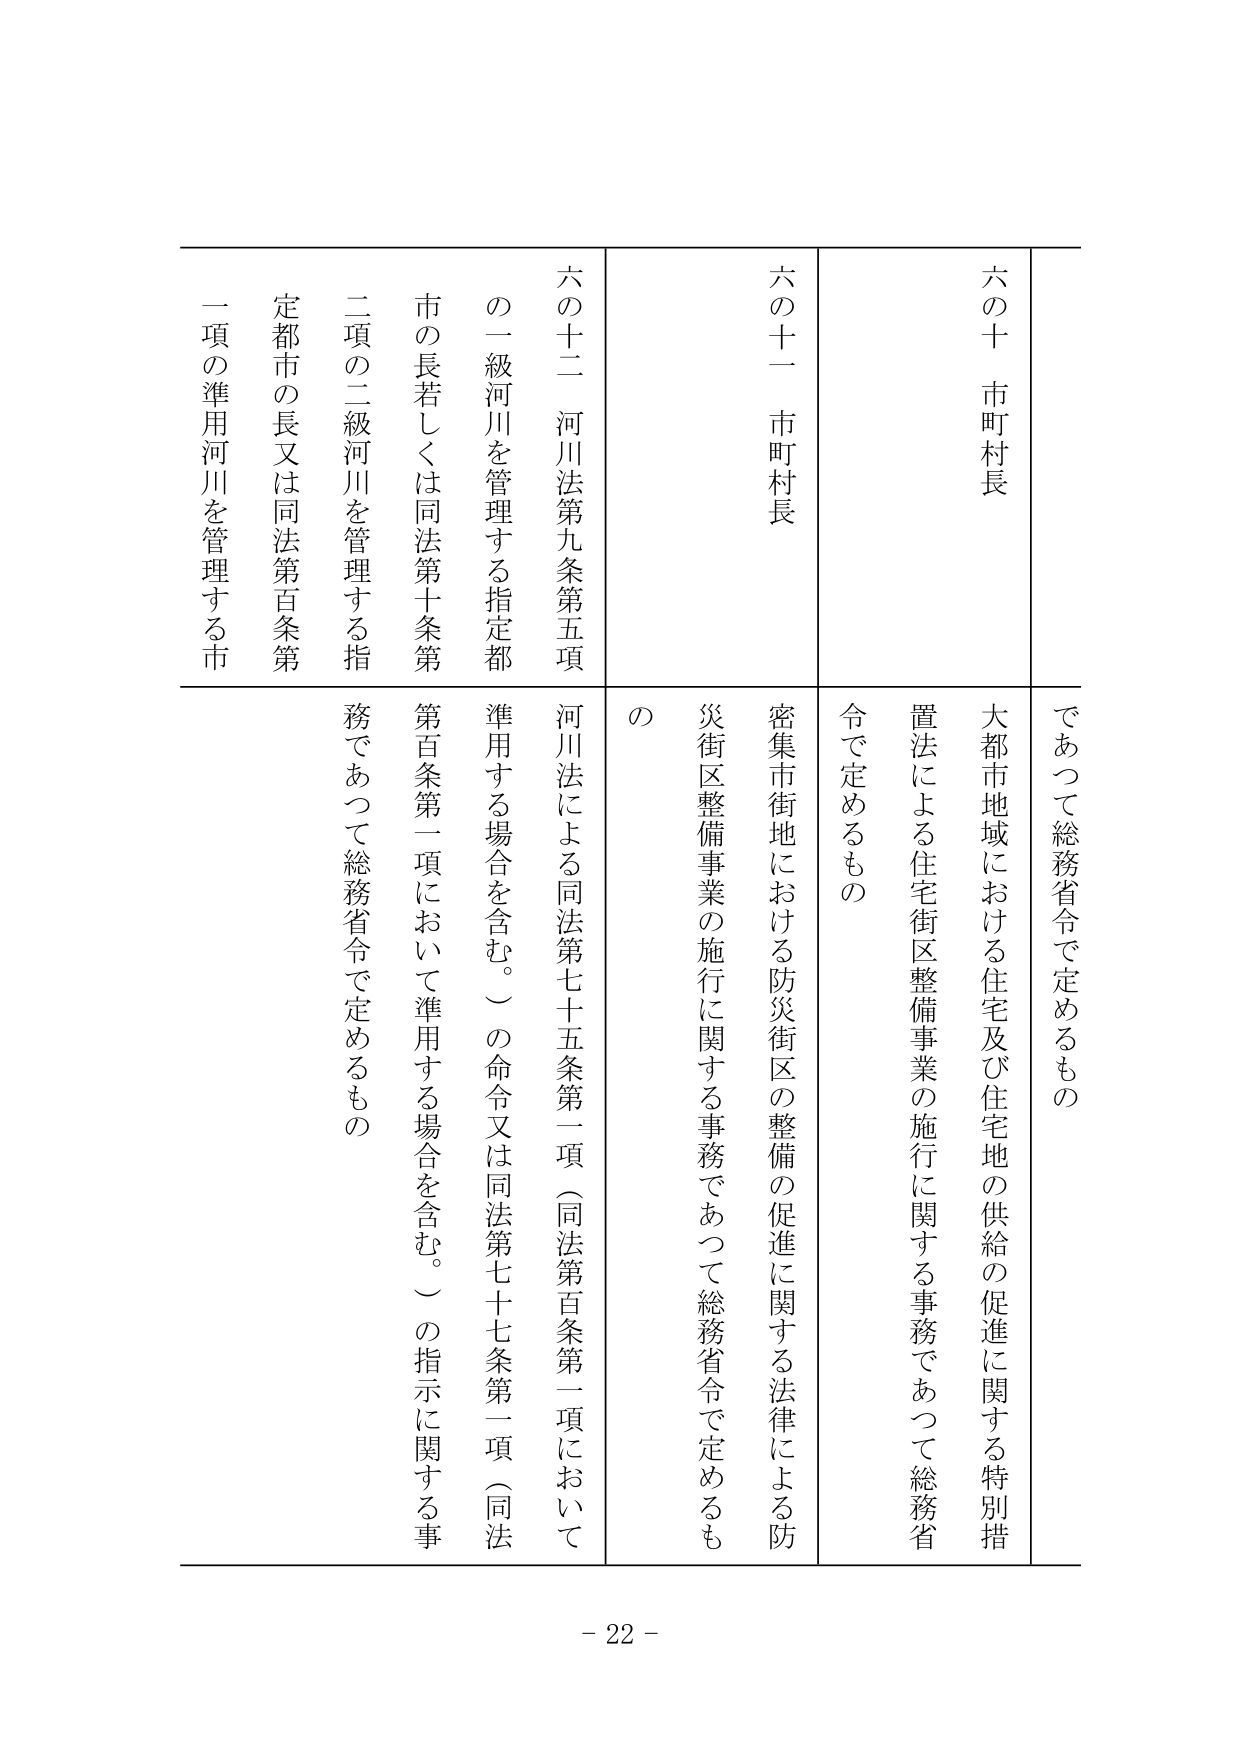
六の十 市町村長
であって総務省令で定めるもの
大都市地域における住宅及び住宅地の供給の促進に関する特別措置法による住宅街区整備事業の施行に関する事務であって総務省令で定めるもの

六の十一 市町村長
密集市街地における防災街区の整備の促進に関する法律による防災街区整備事業の施行に関する事務であって総務省令で定めるもの

六の十二 河川法第九条第五項
河川法による同法第七十五条第一項（同法第百条第一項において準用する場合を含む。）の命令又は同法第七十七条第一項（同法第百条第一項において準用する場合を含む。）の指示に関する事務であって総務省令で定めるもの

の一級河川を管理する指定都市の長若しくは同法第十条第二項の二級河川を管理する指定都市の長又は同法第百条第一項の準用河川を管理する市

- 22 -